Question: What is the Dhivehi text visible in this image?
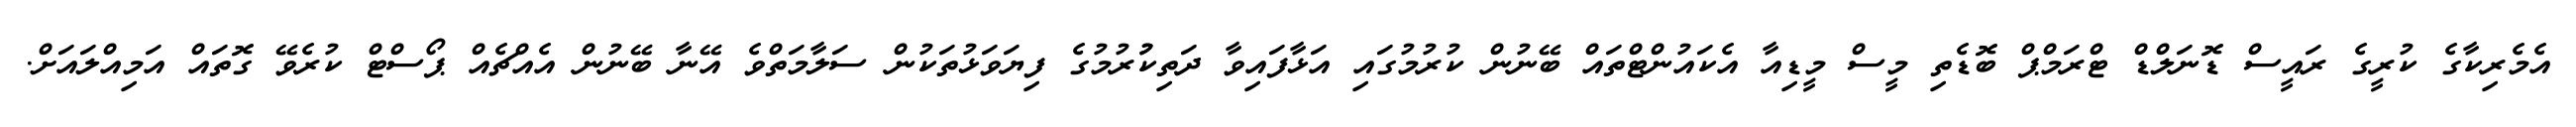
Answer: އެމެރިކާގެ ކުރީގެ ރައީސް ޑޮނަލްޑް ޓްރަމްޕް ބޮޑެތި މީސް މީޑިއާ އެކައުންޓްތައް ބޭނުން ކުރުމުގައި އަޅާފައިވާ ދަތިކުުރުމުގެ ފިޔަވަޅުތަކުން ސަލާމަތްވެ އޭނާ ބޭނުން އެއްޗެއް ޕޯސްޓް ކުރެވޭ ގޮތައް އަމިއްލައަށް.